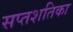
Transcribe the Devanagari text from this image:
सप्तशतिका